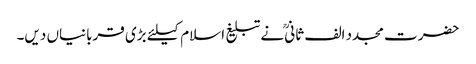
حضرت مجدد الف ثانیؒ نے تبلیغ اسلام کیلئے بڑی قربانیاں دیں۔